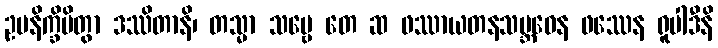
ဥပနိက္ခိပိတွာ ဒဿိတာနိ၊ တသ္မာ သဗ္ဗေ တေ ဆ ဖဿာယတနသမ္ဘဝေန ဖဿေန ရူပါဒီနိ